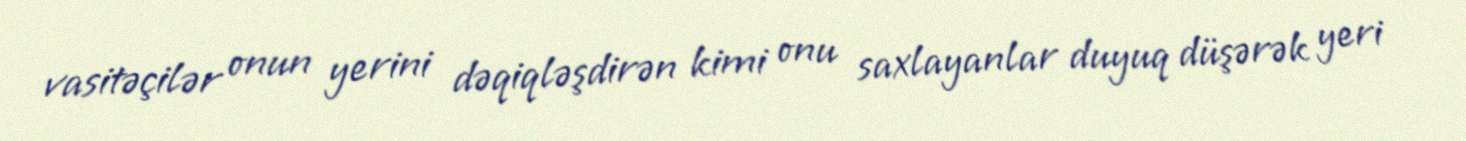
vasitəçilər onun yerini dəqiqləşdirən kimi onu saxlayanlar duyuq düşərək yeri